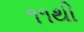
૧૧થી